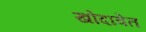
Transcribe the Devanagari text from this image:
खोदावेत